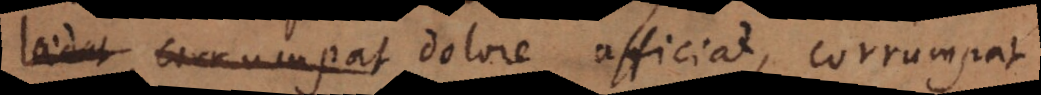
laedat, corrumpat dolore afficiat, corrumpat.